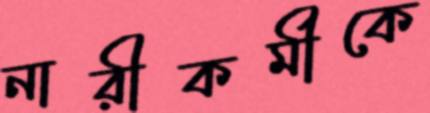
নারীকর্মীকে